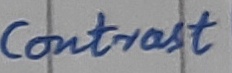
Text: Contrast